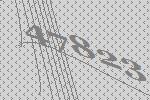
47823